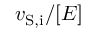
v _ { \mathrm { S , i } } / [ E ]